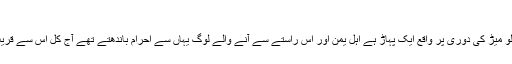
یلملم :
مکہ مکرمہ سے جنوب میں سو کیلو میڑ کی دوری پر واقع ایک پہاڑ ہے اہل یمن اور اس راستے سے آنے والے لوگ یہاں سے احرام باندھتے تھے آج کل اس سے قریب السعدیہ سے احرام باندھتے ہیں ۔